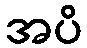
အပိ